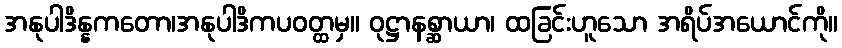
အနုပါဒိန္နကတော၊အနုပါဒိကပဝတ္ထမှ။ ဝုဋ္ဌာနစ္ဆာယာ၊ ထခြင်းဟူသော အရိပ်အယောင်ကို။